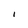
Character: I